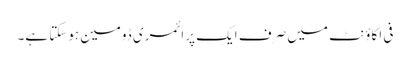
فی اکاؤنٹ میں صرف ایک پرائمری ڈومین ہوسکتا ہے۔